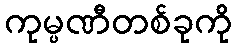
ကုမ္ပဏီတစ်ခုကို